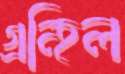
গ্রন্হিল